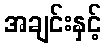
အချင်းနှင့်